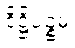
ဒိဋ္ဌိပဉ္စမံ